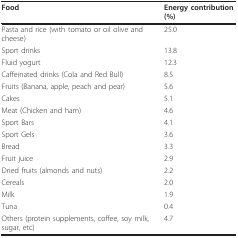
| Food | Energy contribution (%) |
 | --- | --- |
 | Pasta and rice (with tomato or oil olive and cheese) | 25.0 |
 | Sport drinks | 13.8 |
 | Fluid yogurt | 12.3 |
 | Caffeinated drinks (Cola and Red Bull) | 8.5 |
 | Fruits (Banana, apple, peach and pear) | 5.6 |
 | Cakes | 5.1 |
 | Meat (Chicken and ham) | 4.6 |
 | Sport Bars | 4.1 |
 | Sport Gels | 3.6 |
 | Bread | 3.3 |
 | Fruit juice | 2.9 |
 | Dried fruits (almonds and nuts) | 2.2 |
 | Cereals | 2.0 |
 | Milk | 1.9 |
 | Tuna | 0.4 |
 | Others (protein supplements, coffee, soy milk, sugar, etc) | 4.7 |